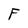
Character: F